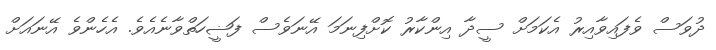
ދުވަސް ވެފައިވާއިރު އެކަމަށް ސީދާ އިންކާރު ކޮށްފިނަމަ އޭނަވެސް ފަޟީހަތްވާނެއެވެ. އެހެންވެ އޭނައަށް